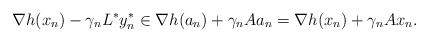
LaTeX: \begin{align*}\nabla h(x_n)-\gamma_n L^*y_n^*\in\nabla h(a_n)+\gamma_n Aa_n=\nabla h(x_n)+\gamma_n Ax_n. \end{align*}